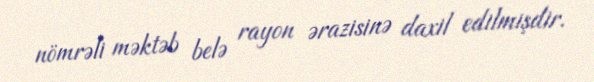
nömrəli məktəb belə rayon ərazisinə daxil edilmişdir.